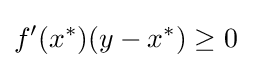
f^{\prime }(x^{\ast })(y-x^{\ast })\geq 0\quad